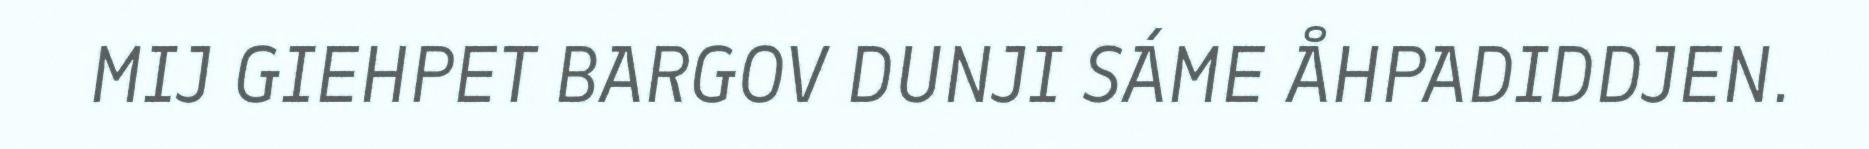
MIJ GIEHPET BARGOV DUNJI SÁME ÅHPADIDDJEN.